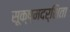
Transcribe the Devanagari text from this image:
सूक्ष्मदर्शिता